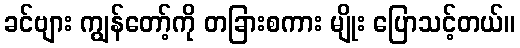
ခင်ဗျား ကျွန်တော့်ကို တခြားစကား မျိုး ပြောသင့်တယ်။